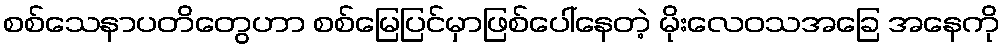
စစ်သေနာပတိတွေဟာ စစ်မြေပြင်မှာဖြစ်ပေါ်နေတဲ့ မိုးလေဝသအခြေ အနေကို